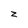
Character: z